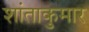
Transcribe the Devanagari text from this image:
शांताकुमार